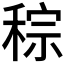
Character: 𥟡